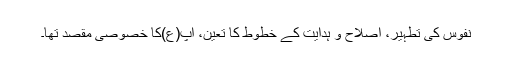
نفوس کی تطہیر، اصلاح و ہدایت کے خطوط کا تعین، آپ(ع)کا خصوصی مقصد تھا۔